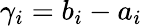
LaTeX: \gamma_{i}=b_{i}-a_{i}